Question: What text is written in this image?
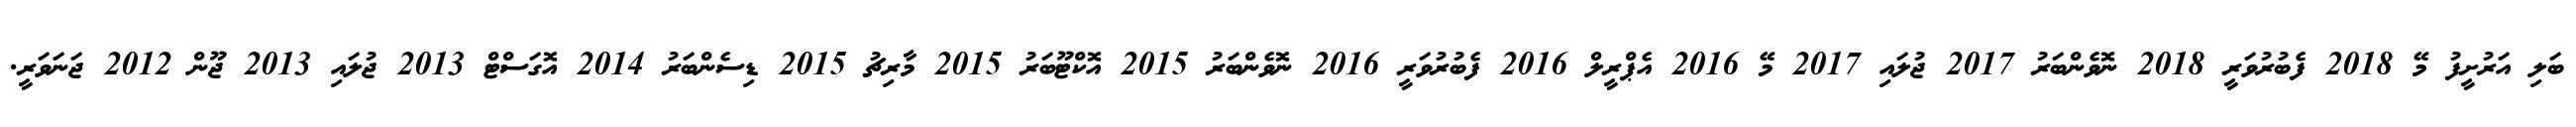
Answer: ބަލި އަރުށީފު މޭ 2018 ފެބުރުވަރީ 2018 ނޮވެންބަރު 2017 ޖުލައި 2017 މޭ 2016 އެޕްރީލް 2016 ފެބުރުވަރީ 2016 ނޮވެންބަރު 2015 އޮކްޓޫބަރު 2015 މާރިޗު 2015 ޑިސެންބަރު 2014 އޮގަސްޓް 2013 ޖުލައި 2013 ޖޫން 2012 ޖަނަވަރީ.